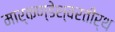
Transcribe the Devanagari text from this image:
मार्कण्डेश्वरतीर्थ